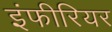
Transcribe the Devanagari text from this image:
इंफीरियर